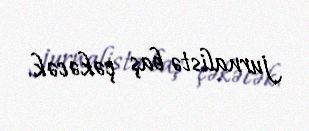
jurnalistə baş çəkəcək.